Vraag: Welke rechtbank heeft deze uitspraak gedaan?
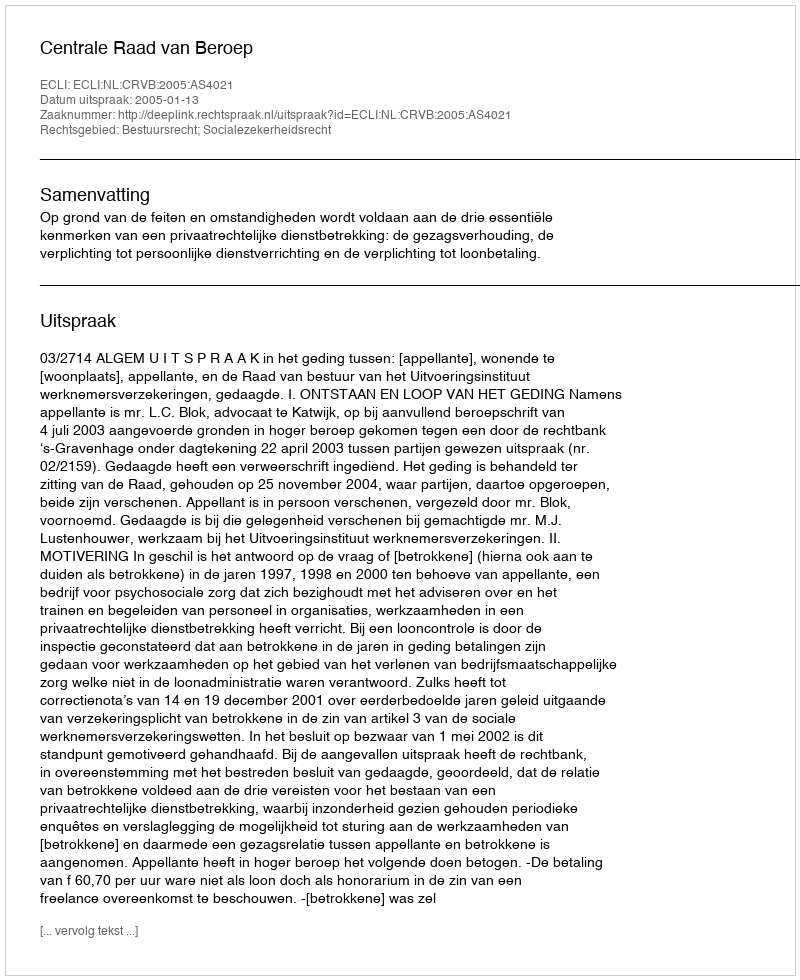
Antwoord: Centrale Raad van Beroep